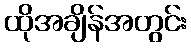
ထိုအချိန်အတွင်း